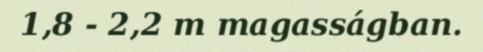
1,8 - 2,2 m magasságban.